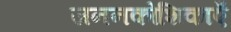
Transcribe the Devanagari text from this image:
जननकोशिकाएँ